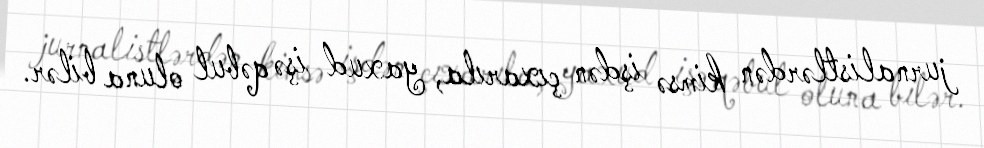
jurnalistlərdən kimsə işdən çıxarıla, yaxud işə qəbul oluna bilər.